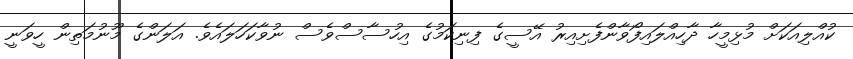
ކުއްލިއަކަށް މުޅިމީހާ ދާހިއްލައިފޯވާންފެށިއިރު އޭސީގެ ފިނިކަމުގެ އިހުސާސްވެސް ނުވާކަހަލައެވެ. އަލަންގެ މޫނުމަތިން ހީވަނީ